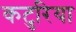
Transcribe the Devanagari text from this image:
कटुरिया